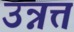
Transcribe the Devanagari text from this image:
उन्नत्त